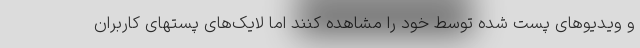
و ویدیوهای پست شده توسط خود را مشاهده کنند اما لایک‌های پستهای کاربران